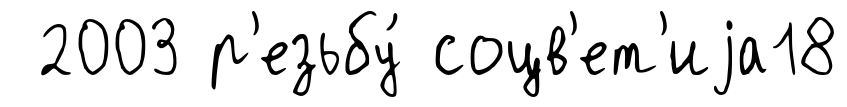
2003 р'езьбу́ соцв'ет'иjа18